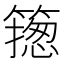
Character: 𥳺